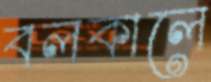
বলকালে